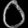
Digit: ၀